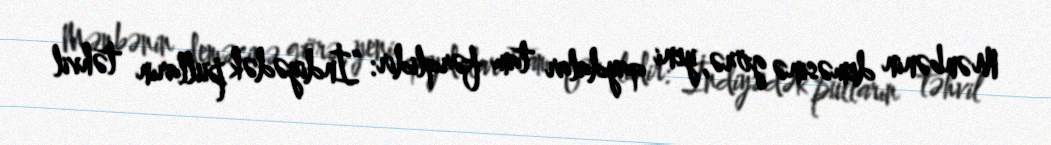
Mənbənin deməsinə görə, yeni qaydalar tam fərqlidir: “İndiyədək pulların təhvil